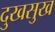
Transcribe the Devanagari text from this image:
दुखसुख